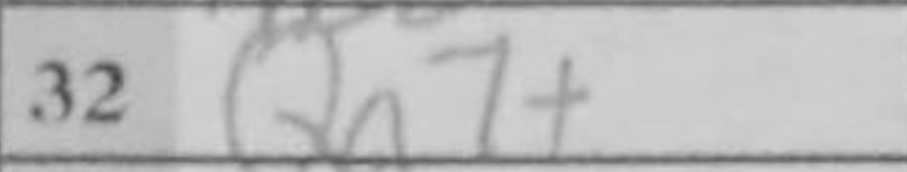
Transcription: Qa7+